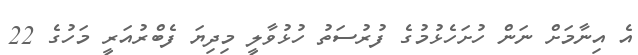
އެ އިނާމަށް ނަން ހުށަހެޅުމުގެ ފުރުސަތު ހުޅުވާލީ މިދިޔަ ފެބްރުއަރީ މަހުގެ 22